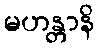
မဟန္တာနိ